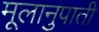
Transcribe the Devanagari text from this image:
मूलानुपाती